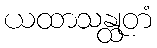
ယထာသန္ထုတံ